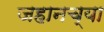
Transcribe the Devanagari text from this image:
जहानच्या